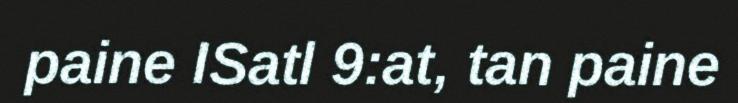
paine ISatl 9:at, tan paine